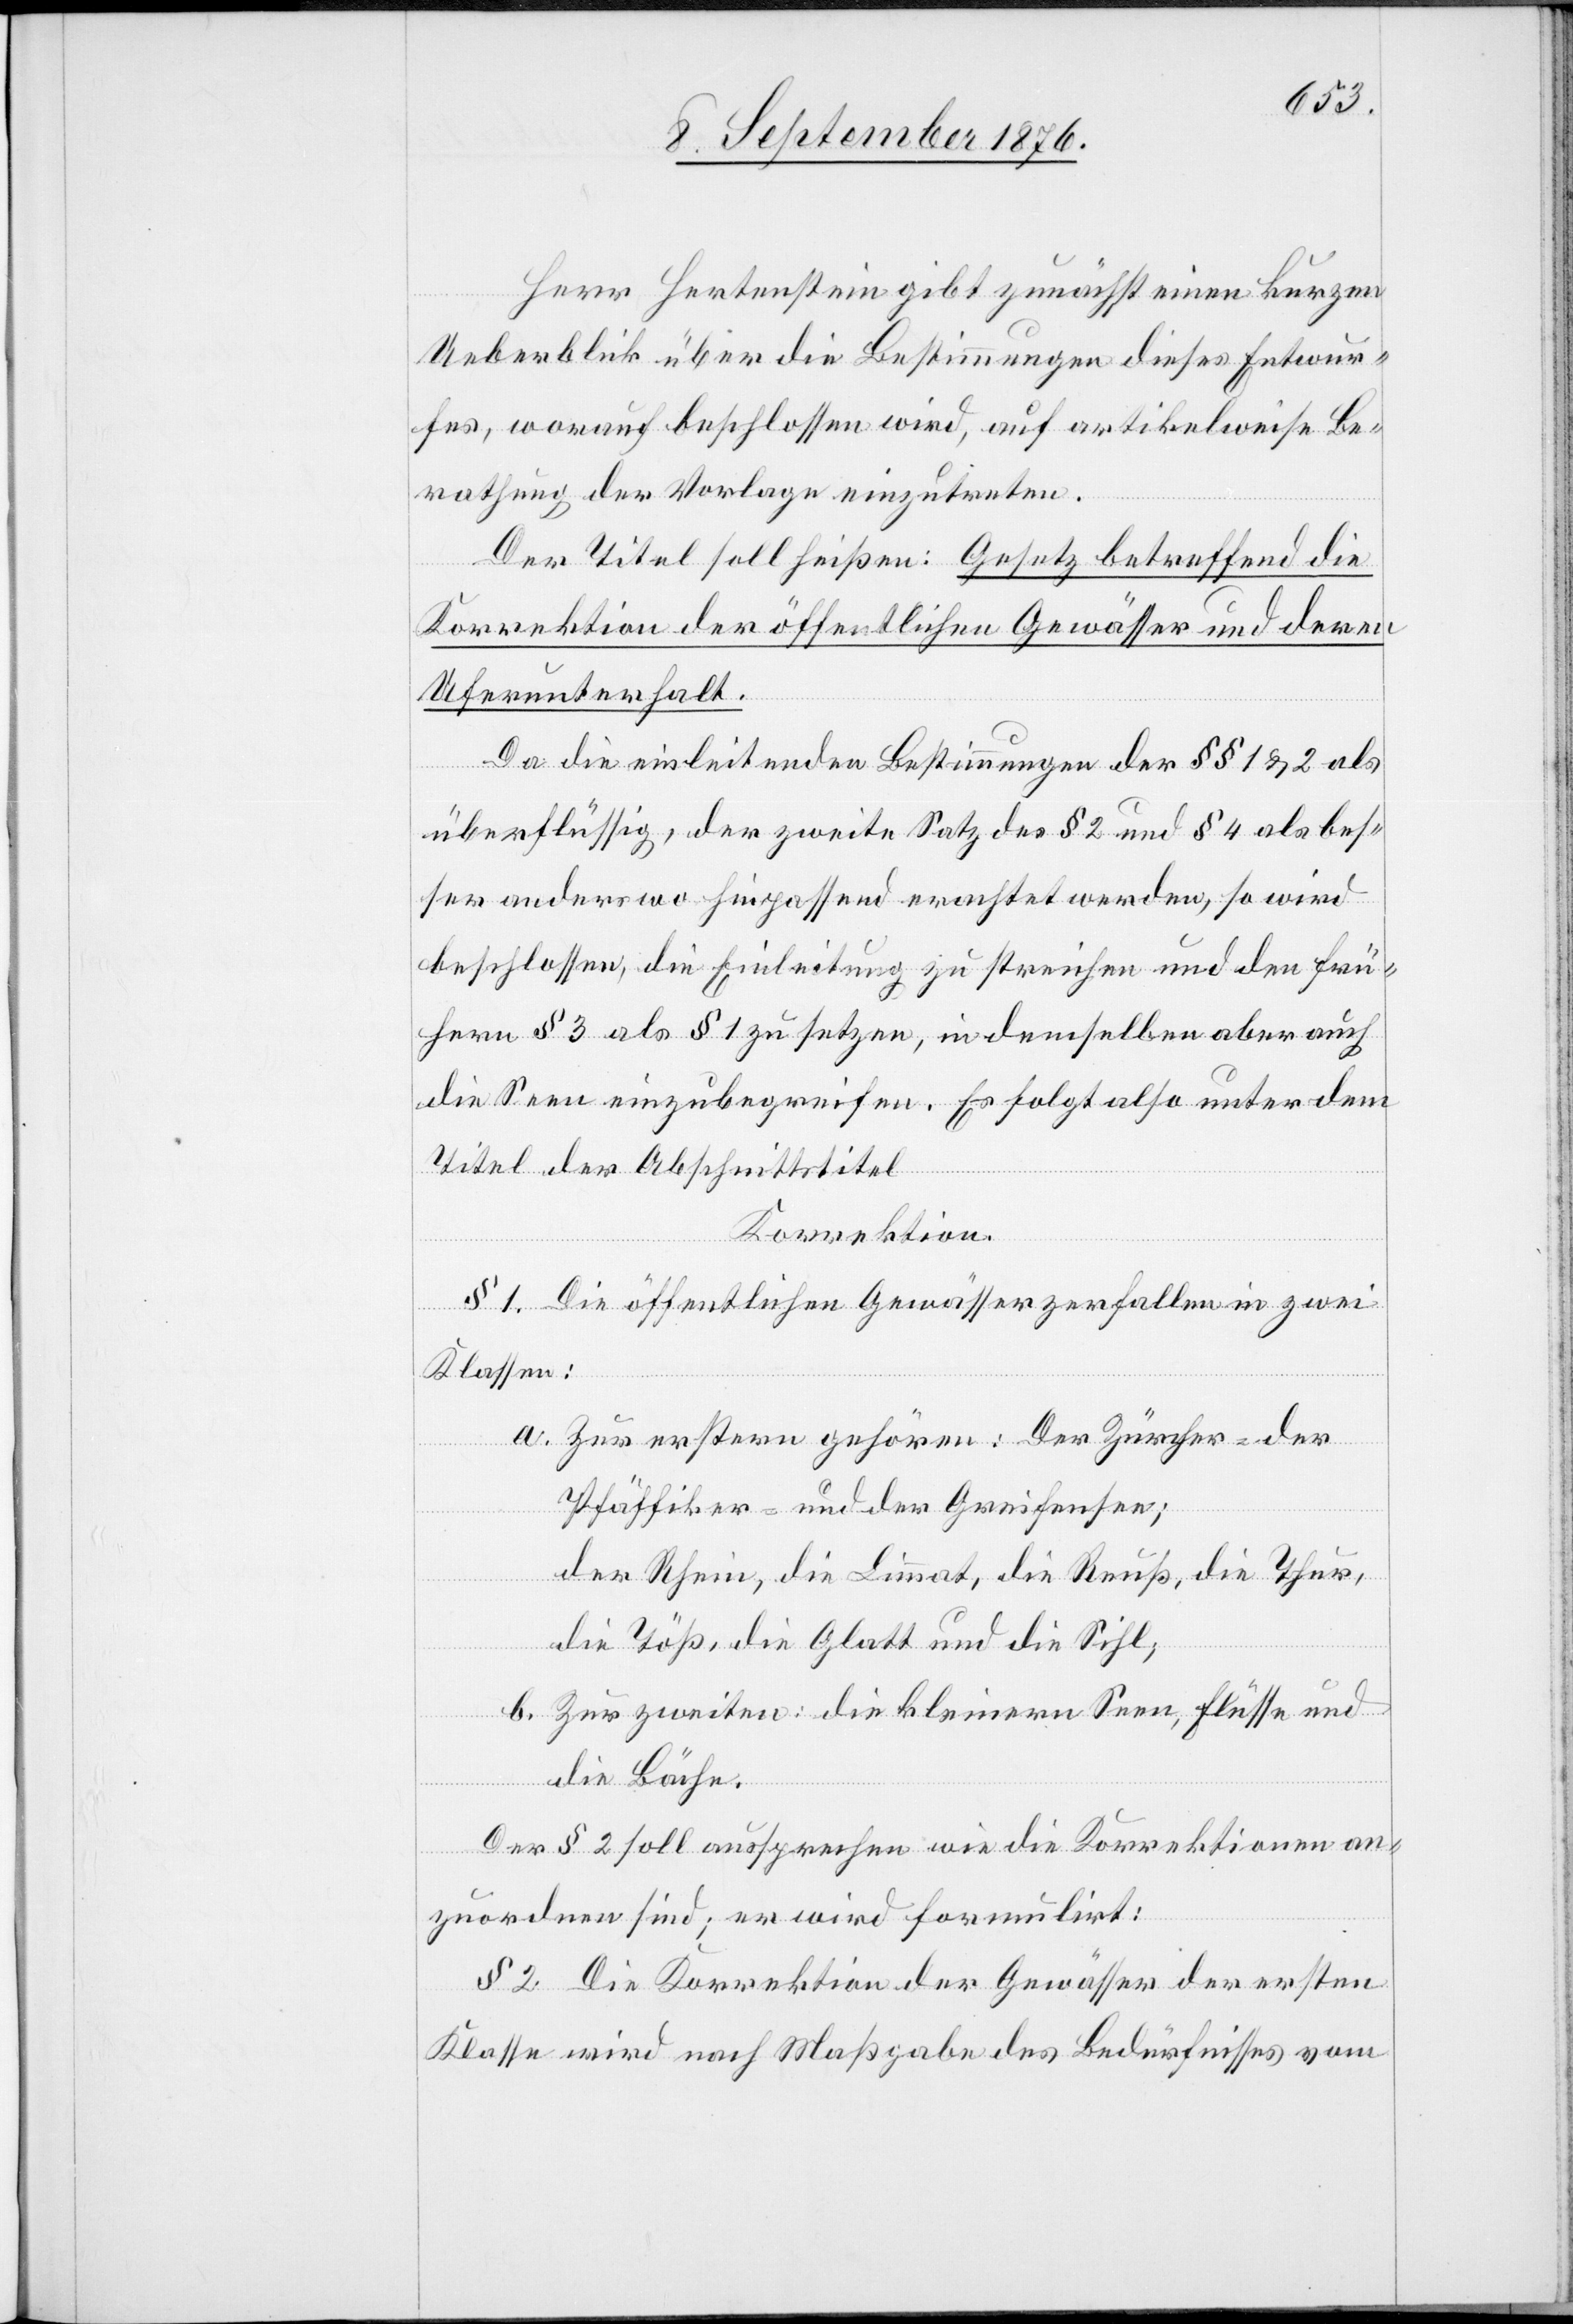
Herr Hertenstein gibt zunächst einen kurzen
Ueberblick über die Bestimmungen dieses Entwur¬
fes, worauf beschlossen wird, auf artikelweise Be¬
rathung der Vorlage einzutreten.
Der Titel soll heißen: Gesetz betreffend die
Korrektion der öffentlichen Gewässer und deren
Uferunterhalt.
Da die einleitenden Bestimmungen der §§ 1 & 2 als
überflüssig, der zweite Satz des § 4 als bes¬
ser anderswo hinpassend erachtet werden, so wird
beschlossen, die Einleitung zu streichen und den frü¬
hern § 3 als § 1 zu setzen, in demselben aber auch
die Seen einzubegreifen. es folgt also unter dem
Titel der Abschnittstitel
Korrektion.
§ 1. Die öffentlichen Gewässer zerfallen in zwei
Klassen:
a. Zur ersten gehören: Der Zürcher- der
Pfäffiker- und der Greifensee;
der Rhein, die Limmat, die Reuß, die Thur,
die Töß, die Glatt und die Sihl;
b. Zur zweiten: die kleinern Seen, Flüsse und
die Bäche.
Der § 2 soll aussprechen wie die Korrektionen an¬
zuordnen sind; er wird formulirt:
§ 2. Die Korrektion der Gewässer der ersten
Klasse wird nach Maßgabe des Bedürfnisses vom